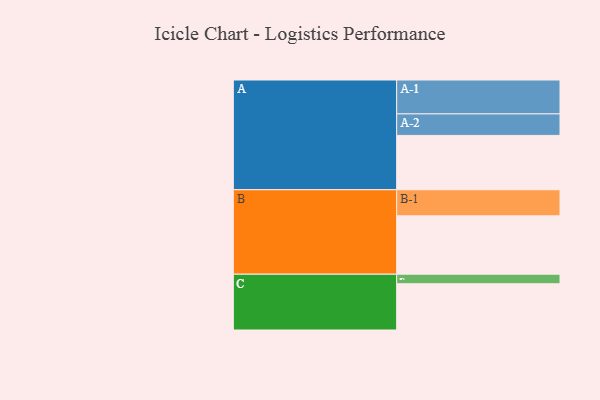
{"axis": {"x": "Segment", "y": "Value"}, "legend": ["", "A", "B", "C"], "data": [{"x": "A", "y": 439, "type": ""}, {"x": "B", "y": 472, "type": ""}, {"x": "C", "y": 374, "type": ""}, {"x": "A-1", "y": 274, "type": "A"}, {"x": "A-2", "y": 174, "type": "A"}, {"x": "B-1", "y": 211, "type": "B"}, {"x": "C-1", "y": 77, "type": "C"}]}